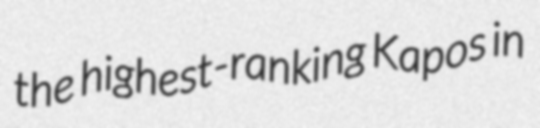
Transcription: the highest-ranking Kapos in